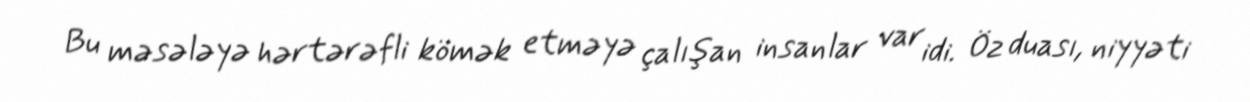
Bu məsələyə hərtərəfli kömək etməyə çalışan insanlar var idi. Öz duası, niyyəti